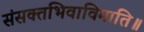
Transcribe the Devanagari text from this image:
संसक्तभिवाविमाति॥